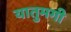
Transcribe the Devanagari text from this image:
यातुमगी